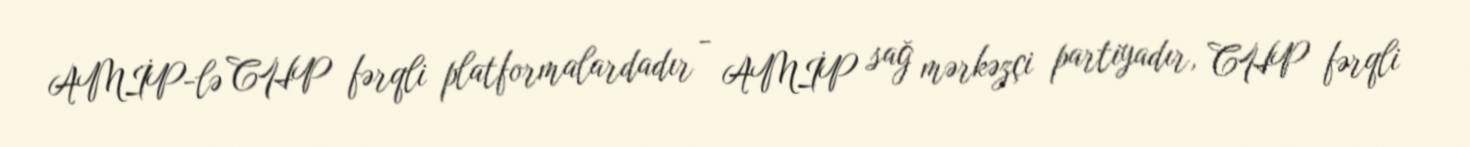
AMİP-lə CHP fərqli platformalardadır - AMİP sağ mərkəzçi partiyadır, CHP fərqli